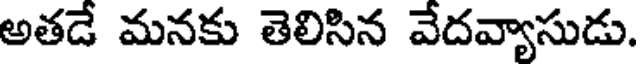
అతడే మనకు తెలిసిన వేదవ్యాసుడు.